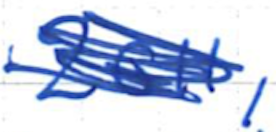
Text: 2011,
Cross-out: scratch
Writing tool: ballpoint